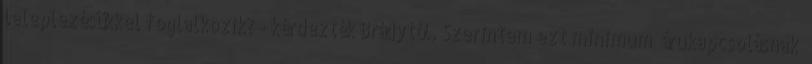
leleplezésükkel foglalko­zik? - kérdezték Brádytól. Szerintem ezt minimum „árukapcsolás­nak”